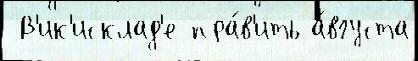
 В'ик'исклад'е пра́в'ить а́вгуста